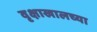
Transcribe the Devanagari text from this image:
वृक्षाखालच्या